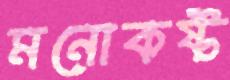
মনোকষ্ট